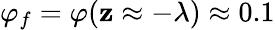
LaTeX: \varphi_{f}=\varphi(\mathbf{z}\approx-\lambda)\approx0.1